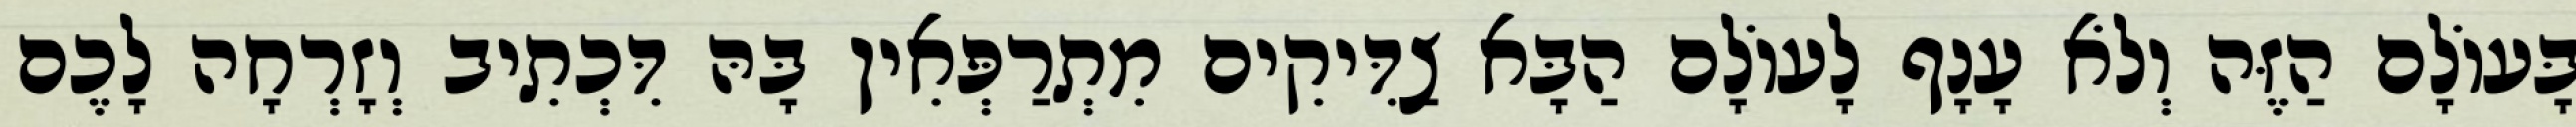
בָּעוֹלָם הַזֶּה וְלֹא עָנָף לָעוֹלָם הַבָּא צַדִּיקִים מִתְרַפְּאִין בָּהּ דִּכְתִיב וְזָרְחָה לָכֶם